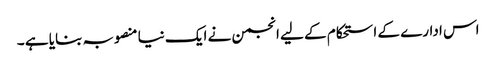
اس ادارے کے ا ستحکام کے لیے انجمن نے ایک نیا منصوبہ بنایا ہے ۔